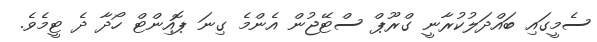
ސެމީގައި ބައްދަލުކުރާނީ ގްރޫޕް ސްޓޭޖުން އެންމެ ގިނަ ޕޮއިންޓް ހޯދާ ދެ ޓީމެވެ.